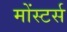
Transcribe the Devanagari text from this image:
मोंस्टर्स